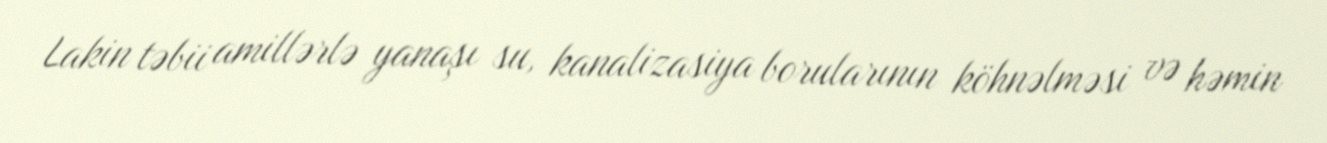
Lakin təbii amillərlə yanaşı su, kanalizasiya borularının köhnəlməsi və həmin